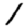
Digit: 1